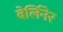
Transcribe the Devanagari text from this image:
बेर्लिनेर